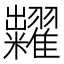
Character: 糶